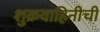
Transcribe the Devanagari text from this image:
शुक्रवाहिनीची